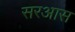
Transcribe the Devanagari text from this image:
सरआस